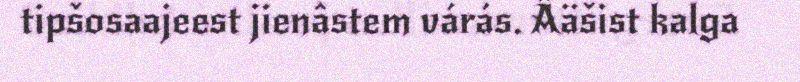
tipšosaajeest jienâstem várás. Ääšist kalga